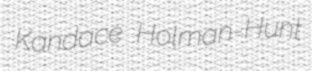
Kandace Holman-Hunt